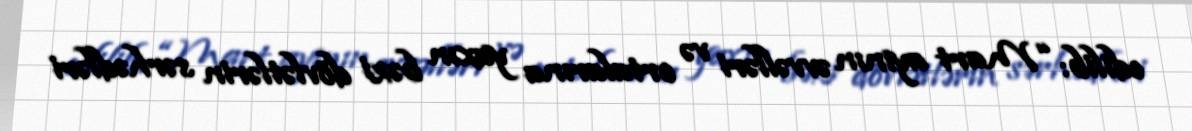
edilib: “Mart ayının əvvəlləri və ortalarına yaxın bəzi dövlətlərin sərhədləri